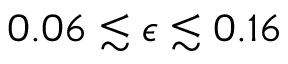
0 . 0 6 \lesssim \epsilon \lesssim 0 . 1 6